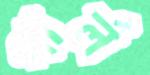
পার্ল